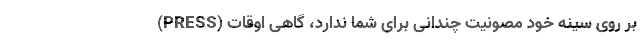
(PRESS) بر روی سینه خود مصونیت چندانی برای شما ندارد، گاهی اوقات